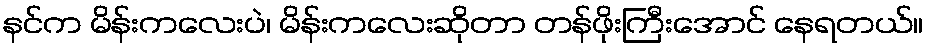
နင်က မိန်းကလေးပဲ၊ မိန်းကလေးဆိုတာ တန်ဖိုးကြီးအောင် နေရတယ်။